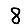
Digit: 8